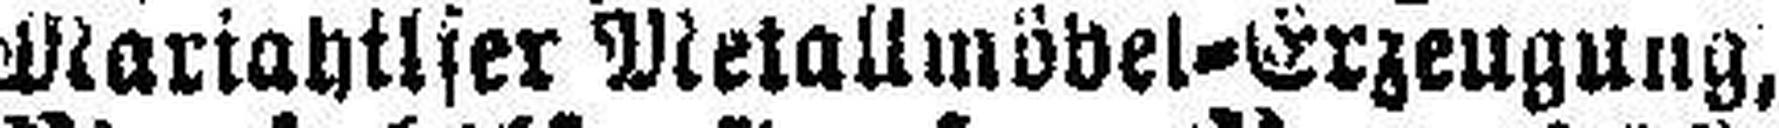
Mariahilfer Metallmöbel=Erzeugung,